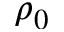
\rho _ { 0 }